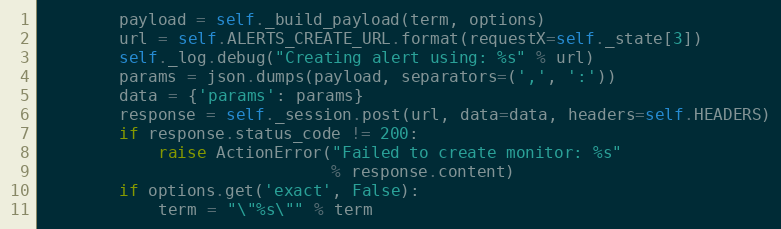
Language: Python
        payload = self._build_payload(term, options)
        url = self.ALERTS_CREATE_URL.format(requestX=self._state[3])
        self._log.debug("Creating alert using: %s" % url)
        params = json.dumps(payload, separators=(',', ':'))
        data = {'params': params}
        response = self._session.post(url, data=data, headers=self.HEADERS)
        if response.status_code != 200:
            raise ActionError("Failed to create monitor: %s"
                              % response.content)
        if options.get('exact', False):
            term = "\"%s\"" % term